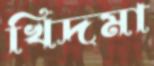
খিদমা